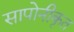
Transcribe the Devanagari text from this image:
सापोनीकृत